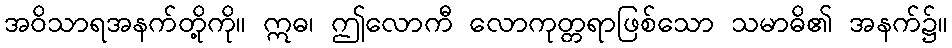
အဝိသာရအနက်တို့ကို။ ဣဓ၊ ဤလောကီ လောကုတ္တရာဖြစ်သော သမာဓိ၏ အနက်၌။